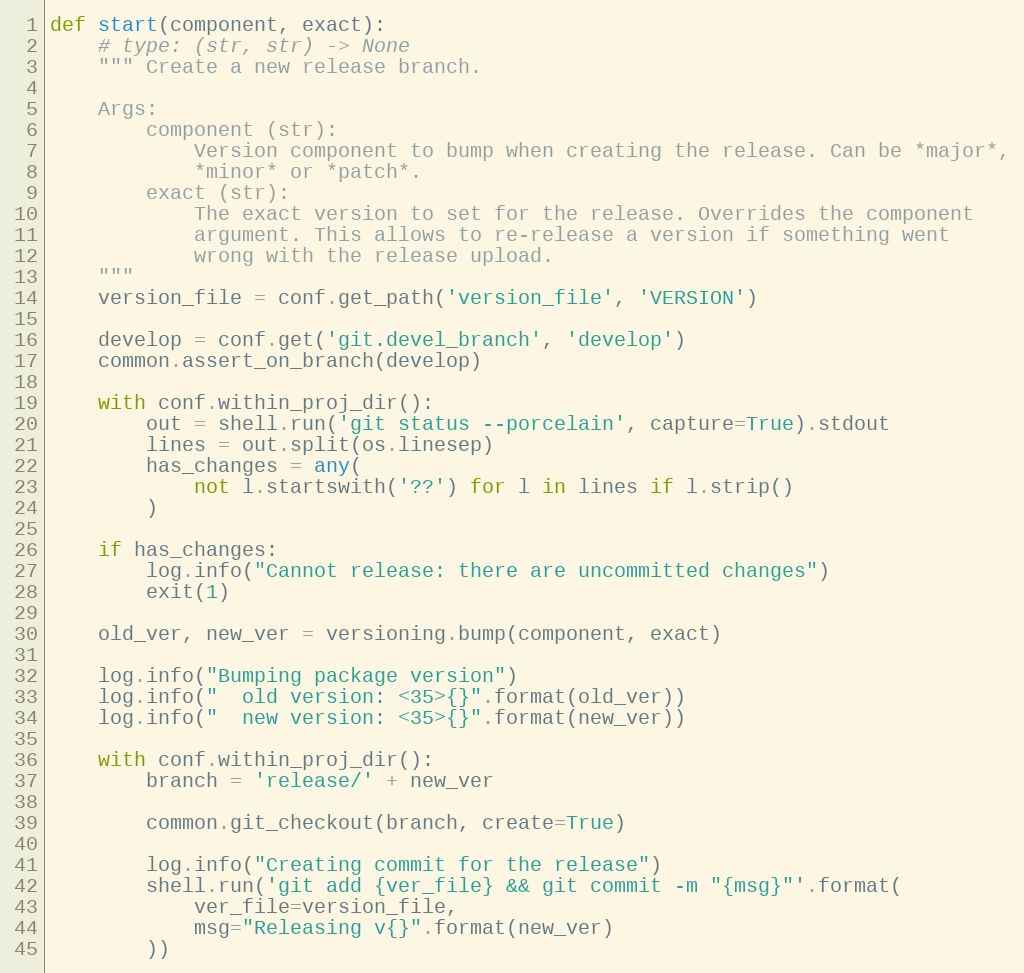
Language: Python
def start(component, exact):
    # type: (str, str) -> None
    """ Create a new release branch.

    Args:
        component (str):
            Version component to bump when creating the release. Can be *major*,
            *minor* or *patch*.
        exact (str):
            The exact version to set for the release. Overrides the component
            argument. This allows to re-release a version if something went
            wrong with the release upload.
    """
    version_file = conf.get_path('version_file', 'VERSION')

    develop = conf.get('git.devel_branch', 'develop')
    common.assert_on_branch(develop)

    with conf.within_proj_dir():
        out = shell.run('git status --porcelain', capture=True).stdout
        lines = out.split(os.linesep)
        has_changes = any(
            not l.startswith('??') for l in lines if l.strip()
        )

    if has_changes:
        log.info("Cannot release: there are uncommitted changes")
        exit(1)

    old_ver, new_ver = versioning.bump(component, exact)

    log.info("Bumping package version")
    log.info("  old version: <35>{}".format(old_ver))
    log.info("  new version: <35>{}".format(new_ver))

    with conf.within_proj_dir():
        branch = 'release/' + new_ver

        common.git_checkout(branch, create=True)

        log.info("Creating commit for the release")
        shell.run('git add {ver_file} && git commit -m "{msg}"'.format(
            ver_file=version_file,
            msg="Releasing v{}".format(new_ver)
        ))